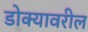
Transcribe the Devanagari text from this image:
डोक्‍यावरील